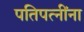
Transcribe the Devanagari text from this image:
पतिपत्‍नींना